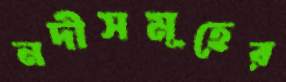
নদীসমূহের